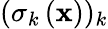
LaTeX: (\mathbf{\sigma}_{k}\left(\mathbf{x}\right))_{k}